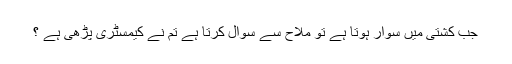
جب کشتی میں سوار ہوتا ہے تو ملاح سے سوال کرتا ہے تم نے کیمسٹری پڑھی ہے ؟